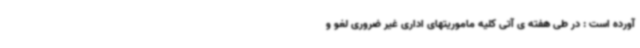
آورده است : در طی هفته ی آتی کلیه ماموریتهای اداری غیر ضروری لغو و